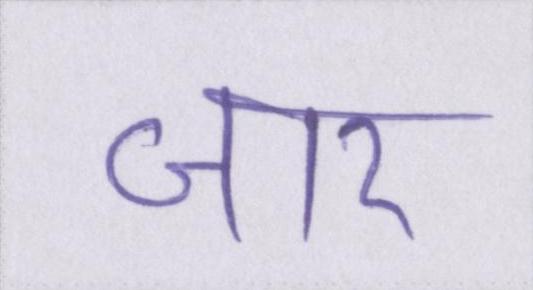
जार